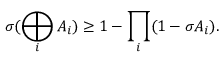
\sigma ( \bigoplus _ { i } A _ { i } ) \geq 1 - \prod _ { i } ( 1 - \sigma A _ { i } ) .